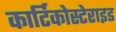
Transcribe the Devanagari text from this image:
कार्टिकोस्टेराइड